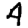
Digit: 4